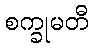
စက္ခုမတီ